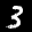
Label: 3